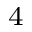
_ 4